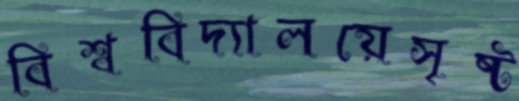
বিশ্ববিদ্যালয়েসৃষ্ট